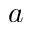
a